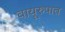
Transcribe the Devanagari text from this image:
वायूरुपात